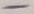
Text: -